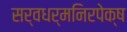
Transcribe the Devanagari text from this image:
सर्वधर्मनिरपेक्ष